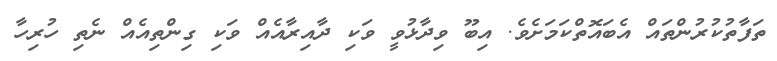
ތަފާތުކުރުންތައް އެބައޮތްކަމަށެވެ. އިބޫ ވިދާޅުވީ ވަކި ދާއިރާއެއް ވަކި ގިންތިއެއް ނެތި ހުރިހާ